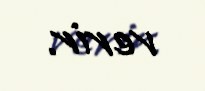
verir.